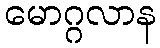
မောဂ္ဂလာန